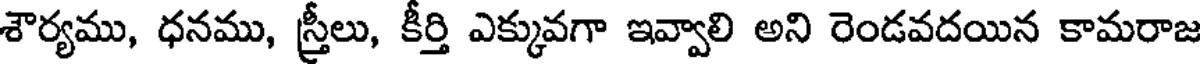
శౌర్యము, ధనము, స్త్రీలు, కీర్తి ఎక్కువగా ఇవ్వాలి అని రెండవదయిన కామరాజ